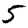
Digit: 5